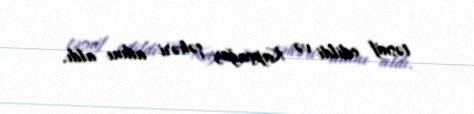
təsnif edildi və Kapçağay şəhəri adını aldı.